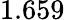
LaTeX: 1.659